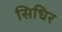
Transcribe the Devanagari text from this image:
सिधिर